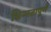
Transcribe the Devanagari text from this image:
भिन्‍नतापूर्ण